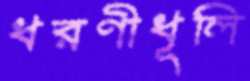
ধরণীধূলি